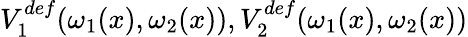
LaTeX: V_{1}^{def}(\omega_{1}(x),\omega_{2}(x)),V_{2}^{def}(\omega_{1}(x),\omega_{2}(x))